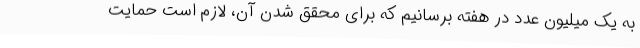
به یک میلیون عدد در هفته برسانیم که برای محقق شدن آن، لازم است حمایت